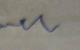
Signature authenticity: genuine